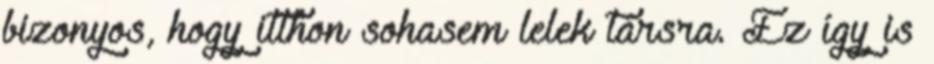
bizonyos, hogy itthon sohasem lelek társra. Ez így is